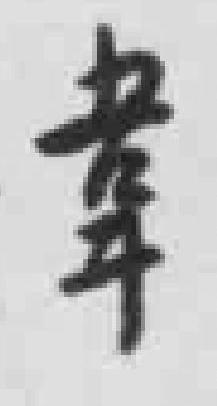
韋